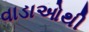
વાડાઓથી